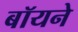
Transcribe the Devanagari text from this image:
बॉयने